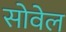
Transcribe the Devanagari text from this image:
सोवेल